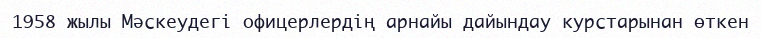
1958 жылы Мәскеудегі офицерлердің арнайы дайындау курстарынан өткен